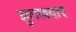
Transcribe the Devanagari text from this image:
झुलावदार